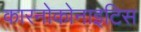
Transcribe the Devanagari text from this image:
कारनोकोनाइटिस